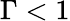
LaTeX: \Gamma<1